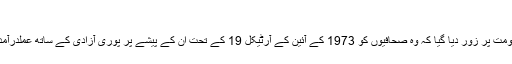
‘
آخر میں حکومت پر زور دیا گیا کہ وہ صحافیوں کو 1973 کے آئین کے آرٹیکل 19 کے تحت ان کے پیشے پر پوری آزادی کے ساتھ عملدرآمد کرنے دے۔